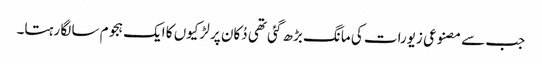
جب سے مصنوعی زیورات کی مانگ بڑھ گئی تھی دُکان پر لڑکیوں کا ایک ہجوم سا لگا رہتا۔